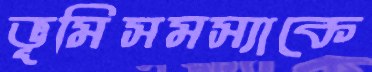
ভূমিসমস্যাকে